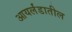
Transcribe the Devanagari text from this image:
आयर्लंडातील